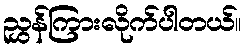
ညွှန်ကြားလိုက်ပါတယ်။